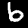
Label: 6